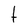
Character: t